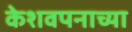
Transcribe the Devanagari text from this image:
केशवपनाच्या